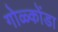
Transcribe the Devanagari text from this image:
गोळ्कोंडा